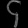
Digit: ၄